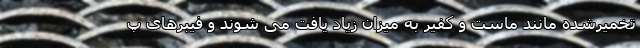
تخمیرشده مانند ماست و کفیر به میزان زیاد یافت می شوند و فیبرهای پ